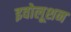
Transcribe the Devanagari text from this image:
इवोलूशन